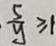
\frac { 5 } { y } \geq 1